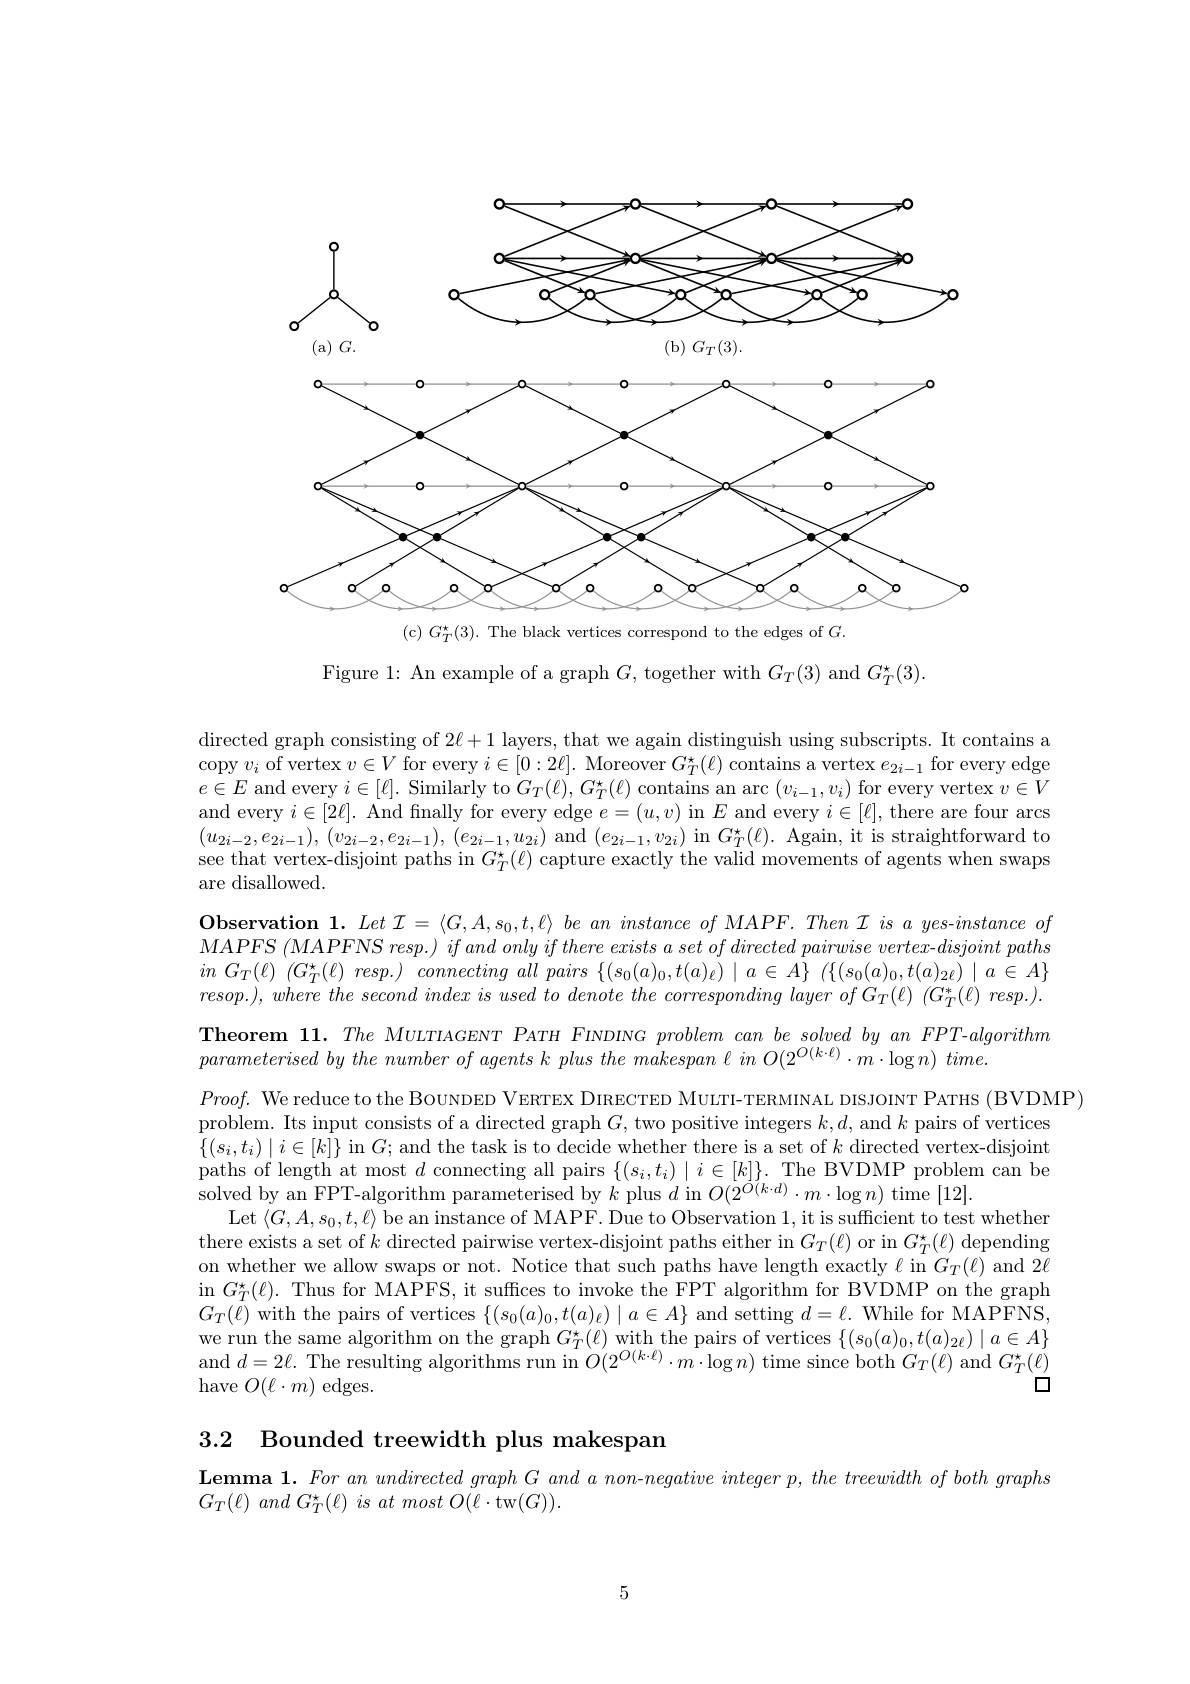
<FigureHere>
(c) $G_T^{\star}(3).$ The black vertices correspond to the edges of $G.$

Figure 1: An example of a graph $G$, together with $G_T(3)$ and $G_T^\star(3).$

directed graph consisting of $2\ell+1$ layers, that we again distinguish using subscripts. It contains a copy $v_i$ of vertex $v\in V$ for every $i\in[0:2\ell].$ Moreover $G_T^\star(\ell)$ contains a vertex $e_2i-1$ for every edge $e\in E$ and every $i\in[\ell].$ Similarly to $G_T(\ell),G_T^\star(\ell)$ contains an arc $(v_{i-1},v_i)$ for every vertex $v\in V$ and every $i\in[2\ell].$ And fnally for every edge $e=(u,v)$ in $E$ and every $i\in[\ell]$, there are four arcs $( u_{2i- 2}, e_{2i- 1}) $, $( v_{2i- 2}, e_{2i- 1}) $, $( e_{2i- 1}, u_{2i})$ and $(e_{2i-1},v_{2i})$ in $G_T^\star(\ell).$ Again, it is straightforward to see that vertex-disjoint paths in $G_T^\star(\ell)$ capture exactly the valid movements of agents when swaps are disallowed.
$\textbf{Observation 1. }Let\mathcal{I} = \langle G, A, s_0, t, \ell \rangle \textit{ be an instance of MAPF. Then I is a yes- instance of}$ $MAPFS$ $( MAPFNS$ $resp. )$ $if$ and only $if$ there exists $a$ set $of$ directed pairwise $vertex- disjoint$ paths $in$ $G_T( \ell )$ $( G_T^* ( \ell )$ $resp. )$ connecting all pairs $\{ ( s_0( a) _0, t( a) _\ell ) \mid a\in A\}$ $( \{ ( s_0( a) _0, t( a) _{2\ell }) \mid a\in A\}$ $resop.),where~the~second~index~is~used~to~denote~the~corresponding~layer~of~G_{T}(\ell)~(G_{T}^{*}(\ell)~resp.).$ Theorem 11. The MULTIAGENT PATH FINDING problem can be solved by an FPT-algorithm parameterised by the number of agents k plus the makespan l in O(2$^O(k\cdot\ell)\cdot m\cdot\log n)$ time.
$Proof.$ We reduce to the BOUNDED VERTEX DIRECTED MULTI-TERMINAL DISJOINT PATHS (BVDMP)
problem. Its input consists of a directed graph $G$, two positive integers $k,d$, and $k$ pairs of vertices $\{(s_i,t_i)\mid i\in[k]\}$ in $G;$ and the task is to decide whether there is a set of $k$ directed vertex-disjoint paths of length at most $d$ connecting all pairs $\{(s_i,t_i)\mid i\in[k]\}.$ The BVDMP problem can be solved by an FPT-algorithm parameterised by $k$ plus $d$ in $O(2^{O(k\cdot d)}\cdot m\cdot\log n)$ time [12].
Let$\left\langle G,A,s_0,t,\ell\right\rangle$be an instance of MAPF. Due to Observation 1, it is sufficient to test whether there exists a set of $k$ directed pairwise vertex-disjoint paths either in $G_T(\ell)$ or in $G_T^\star(\ell)$ depending on whether we allow swaps or not. Notice that such paths have length exactly $\ell$ in $G_T(\ell)$ and 2$\ell$ in $G_{T}^{\star}(\ell).$ Thus for MAPFS, it suffices to invoke the FPT algorithm for BVDMP on the graph $G_{T}(\ell)$ with the pairs of vertices $\{(s_0(a)_0,t(a)_\ell)\mid a\in A\}$ and setting $d=\ell.$ While for MAPFNS, we run the same algorithm on the graph $G_T^\star(\ell)$ with the pairs of vertices $\{(s_0(a)_0,t(a)_{2\ell})\mid a\in A\}$ and $d=2\ell.$ The resulting algorithms run in $O(2^O(k\cdot\ell)\cdot m\cdot\log n)$ time since both $G_T(\ell)$ and $G_T^\star(\ell)$
$\square$
have $O(\ell\cdot m)$ edges.

3.2 Bounded treewidth plus makespan

$\textbf{Lemma 1.  For an undirected graph G and a non- negative integer p,  the treewidth of both graphs}$
$G_{T}( \ell )$ and $G_{T}^{\star }( \ell )$ $is$ $at$ most $O( \ell \cdot$tw$(G)).$

5